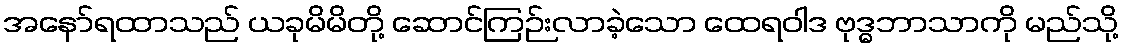
အနော်ရထာသည် ယခုမိမိတို့ ဆောင်ကြဉ်းလာခဲ့သော ထေရဝါဒ ဗုဒ္ဓဘာသာကို မည်သို့